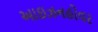
આઇઝનહોવર